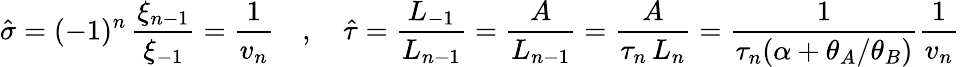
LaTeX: \hat{\sigma}=(-1)^{n}\, \frac{\xi_{n-1}}{\xi_{-1}}=\frac{1}{v_{n}}\quad,\quad\hat{\tau}=\frac{L_{-1}}{L_{n-1}}=\frac{A}{L_{n-1}}=\frac{A}{\tau_{n}\, L_{n}}=\frac{1}{\tau_{n}(\alpha+\theta_{A}/\theta_{B})}\frac{1}{v_{n}}